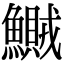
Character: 鱡